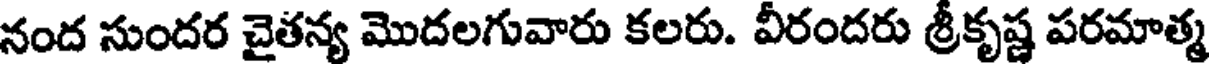
నంద సుందర చైతన్య మొదలగువారు కలరు. వీరందరు శ్రీకృష్ణ పరమాత్మ